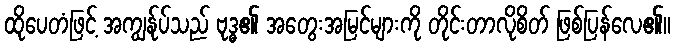
ထိုပေတံဖြင့် အကျွန်ုပ်သည် ဗုဒ္ဓ၏ အတွေးအမြင်များကို တိုင်းတာလိုစိတ် ဖြစ်ပြန်လေ၏။